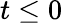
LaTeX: t\leq 0